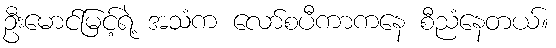
ဦးမောင်မြင့်ရဲ့ အသံက လော်စပီကာကနေ စီညံနေတယ်။